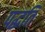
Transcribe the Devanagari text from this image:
पद्घति